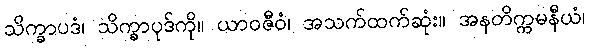
သိက္ခာပဒံ၊ သိက္ခာပုဒ်ကို။ ယာဝဇီဝံ၊ အသက်ထက်ဆုံး။ အနတိက္ကမနီယံ၊